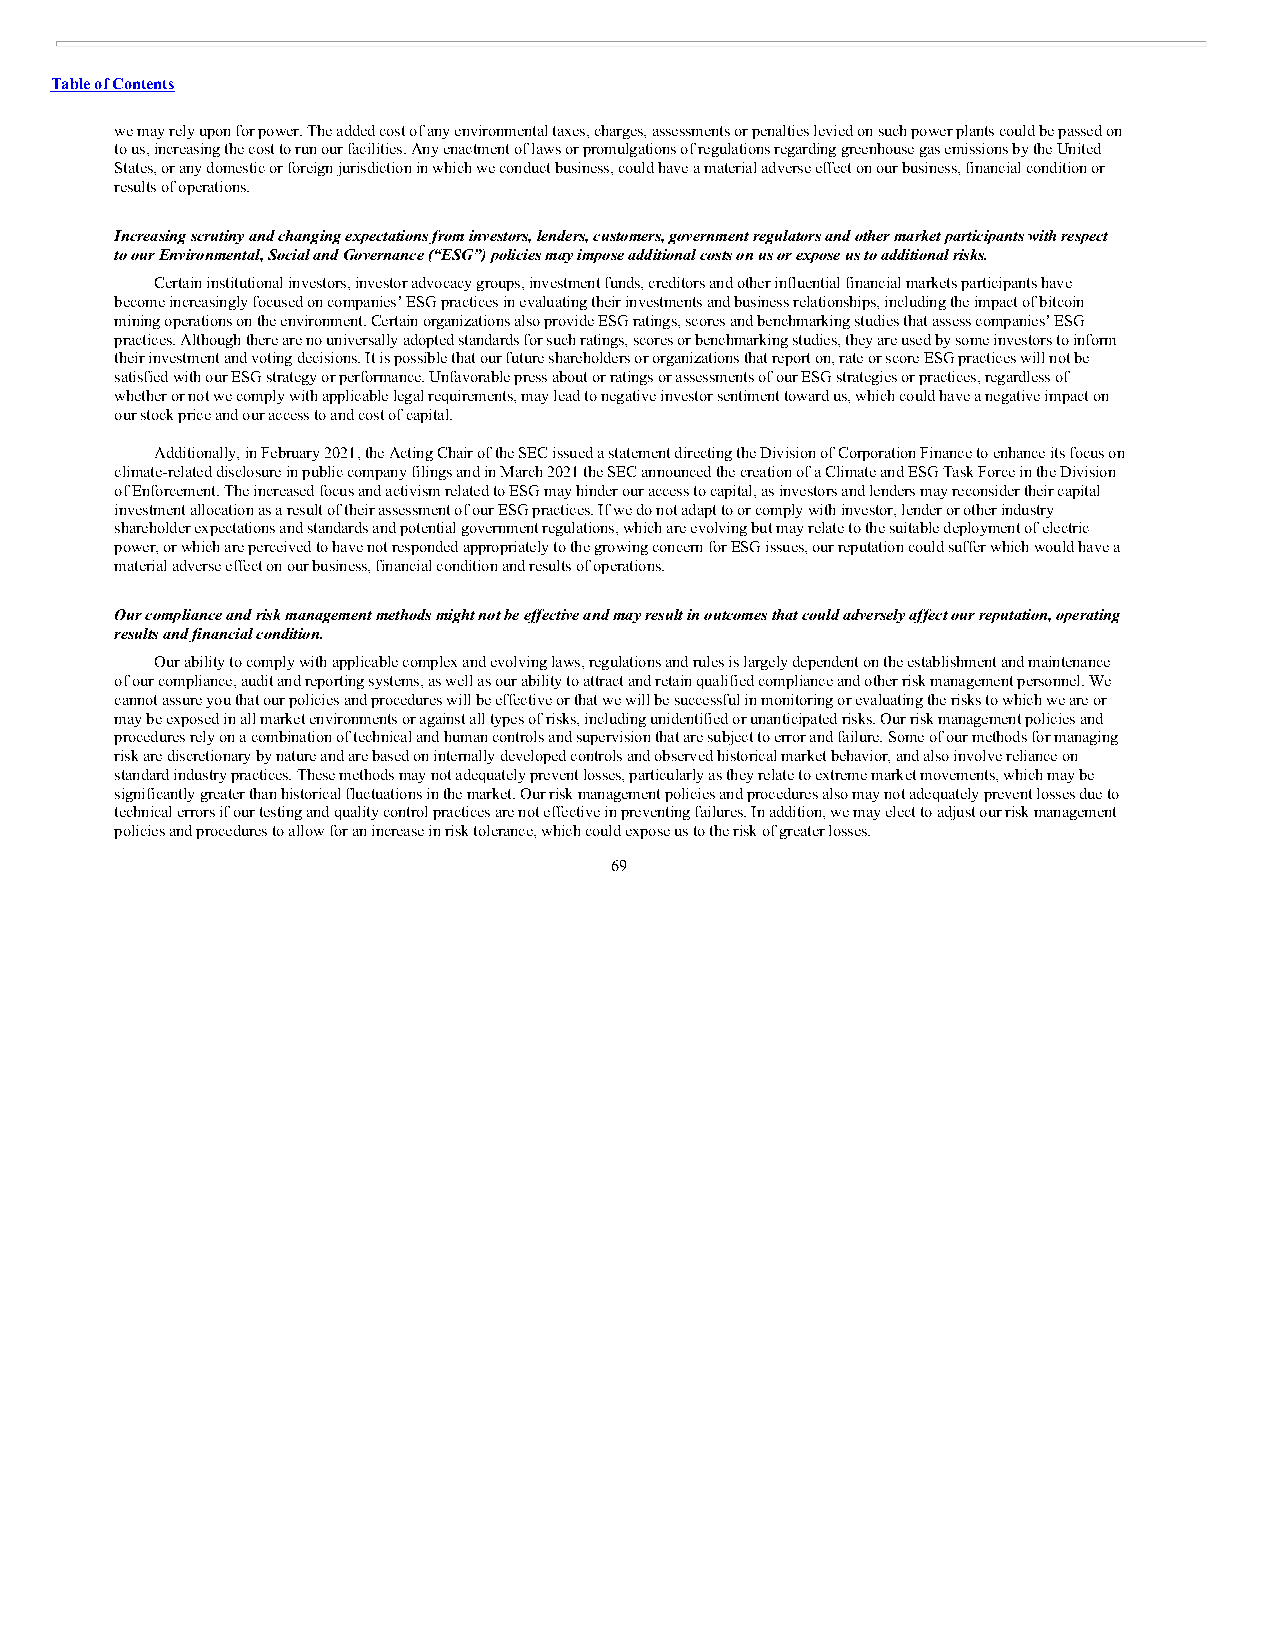
Table of Contents
 we may rely upon for power. The added cost of any environmental taxes, charges, assessments or penalties levied on such power plants could be passed on
 to us, increasing the cost to run our facilities. Any enactment of laws or promulgations of regulations regarding greenhouse gas emissions by the United
 States, or any domestic or foreign jurisdiction in which we conduct business, could have a material adverse effect on our business, financial condition or
 results of operations.
 Increasing scrutiny and changing expectations from investors, lenders, customers, government regulators and other market participants with respect
 to our Environmental, Social and Governance (“ESG”) policies may impose additional costs on us or expose us to additional risks.
 Certain institutional investors, investor advocacy groups, investment funds, creditors and other influential financial markets participants have
 become increasingly focused on companies’ ESG practices in evaluating their investments and business relationships, including the impact of bitcoin
 mining operations on the environment. Certain organizations also provide ESG ratings, scores and benchmarking studies that assess companies’ ESG
 practices. Although there are no universally adopted standards for such ratings, scores or benchmarking studies, they are used by some investors to inform
 their investment and voting decisions. It is possible that our future shareholders or organizations that report on, rate or score ESG practices will not be
 satisfied with our ESG strategy or performance. Unfavorable press about or ratings or assessments of our ESG strategies or practices, regardless of
 whether or not we comply with applicable legal requirements, may lead to negative investor sentiment toward us, which could have a negative impact on
 our stock price and our access to and cost of capital.
 Additionally, in February 2021, the Acting Chair of the SEC issued a statement directing the Division of Corporation Finance to enhance its focus on
 climate-related disclosure in public company filings and in March 2021 the SEC announced the creation of a Climate and ESG Task Force in the Division
 of Enforcement. The increased focus and activism related to ESG may hinder our access to capital, as investors and lenders may reconsider their capital
 investment allocation as a result of their assessment of our ESG practices. If we do not adapt to or comply with investor, lender or other industry
 shareholder expectations and standards and potential government regulations, which are evolving but may relate to the suitable deployment of electric
 power, or which are perceived to have not responded appropriately to the growing concern for ESG issues, our reputation could suffer which would have a
 material adverse effect on our business, financial condition and results of operations.
 Our compliance and risk management methods might not be effective and may result in outcomes that could adversely affect our reputation, operating
 results and financial condition.
 Our ability to comply with applicable complex and evolving laws, regulations and rules is largely dependent on the establishment and maintenance
 of our compliance, audit and reporting systems, as well as our ability to attract and retain qualified compliance and other risk management personnel. We
 cannot assure you that our policies and procedures will be effective or that we will be successful in monitoring or evaluating the risks to which we are or
 may be exposed in all market environments or against all types of risks, including unidentified or unanticipated risks. Our risk management policies and
 procedures rely on a combination of technical and human controls and supervision that are subject to error and failure. Some of our methods for managing
 risk are discretionary by nature and are based on internally developed controls and observed historical market behavior, and also involve reliance on
 standard industry practices. These methods may not adequately prevent losses, particularly as they relate to extreme market movements, which may be
 significantly greater than historical fluctuations in the market. Our risk management policies and procedures also may not adequately prevent losses due to
 technical errors if our testing and quality control practices are not effective in preventing failures. In addition, we may elect to adjust our risk management
 policies and procedures to allow for an increase in risk tolerance, which could expose us to the risk of greater losses.
 69